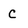
Character: C